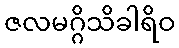
ဇလမဂ္ဂိသိခါရိဝ